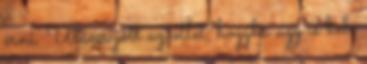
érni. Utána jött az ötlet, hogyha úgy is bele